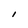
Character: l